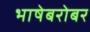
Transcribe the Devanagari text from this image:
भाषेबरोबर